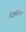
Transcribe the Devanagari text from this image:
रोज़ालिन्ड